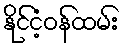
နိုင်ငံ့ဝန်ထမ်း